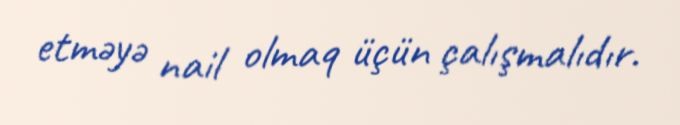
etməyə nail olmaq üçün çalışmalıdır.